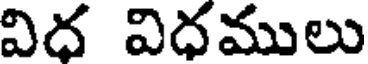
విద విధములు